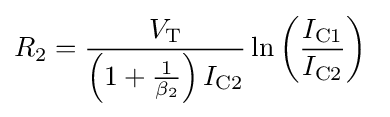
R_{2}={\frac {V_{\text{T}}}{\left(1+{\frac {1}{\beta _{2}}}\right)I_{\text{C2}}}}\ln \left({\frac {I_{\text{C1}}}{I_{\text{C2}}}}\right)\